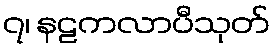
၇၊ နဠကလာပီသုတ်